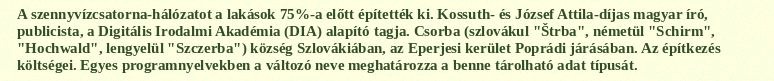
A szennyvízcsatorna-hálózatot a lakások 75%-a előtt építették ki. Kossuth- és József Attila-díjas magyar író, publicista, a Digitális Irodalmi Akadémia (DIA) alapító tagja. Csorba (szlovákul "Štrba", németül "Schirm", "Hochwald", lengyelül "Szczerba") község Szlovákiában, az Eperjesi kerület Poprádi járásában. Az építkezés költségei. Egyes programnyelvekben a változó neve meghatározza a benne tárolható adat típusát.